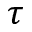
\tau